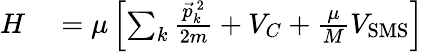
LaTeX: \begin{array}{rl}{H}&{{}=\mu\left[\sum_{k}\frac{\vec{p}_{k}^{\ 2}}{2m}+V_{C}+\frac{\mu}{M}V_{\mathrm{SMS}}\right]}\end{array}